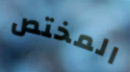
المختص